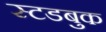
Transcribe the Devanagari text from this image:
स्टडबुक